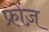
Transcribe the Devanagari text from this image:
फ्रोंज़